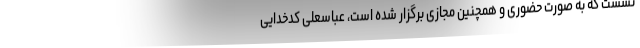
نشست که به صورت حضوری و همچنین مجازی برگزار شده است، عباسعلی کدخدایی